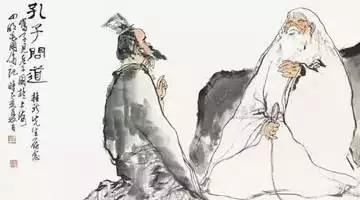
近者说，远者来。